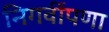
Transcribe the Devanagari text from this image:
निगर्वीपणा